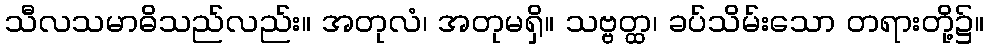
သီလသမာဓိသည်လည်း။ အတုလံ၊ အတုမရှိ။ သဗ္ဗတ္ထ၊ ခပ်သိမ်းသော တရားတို့၌။